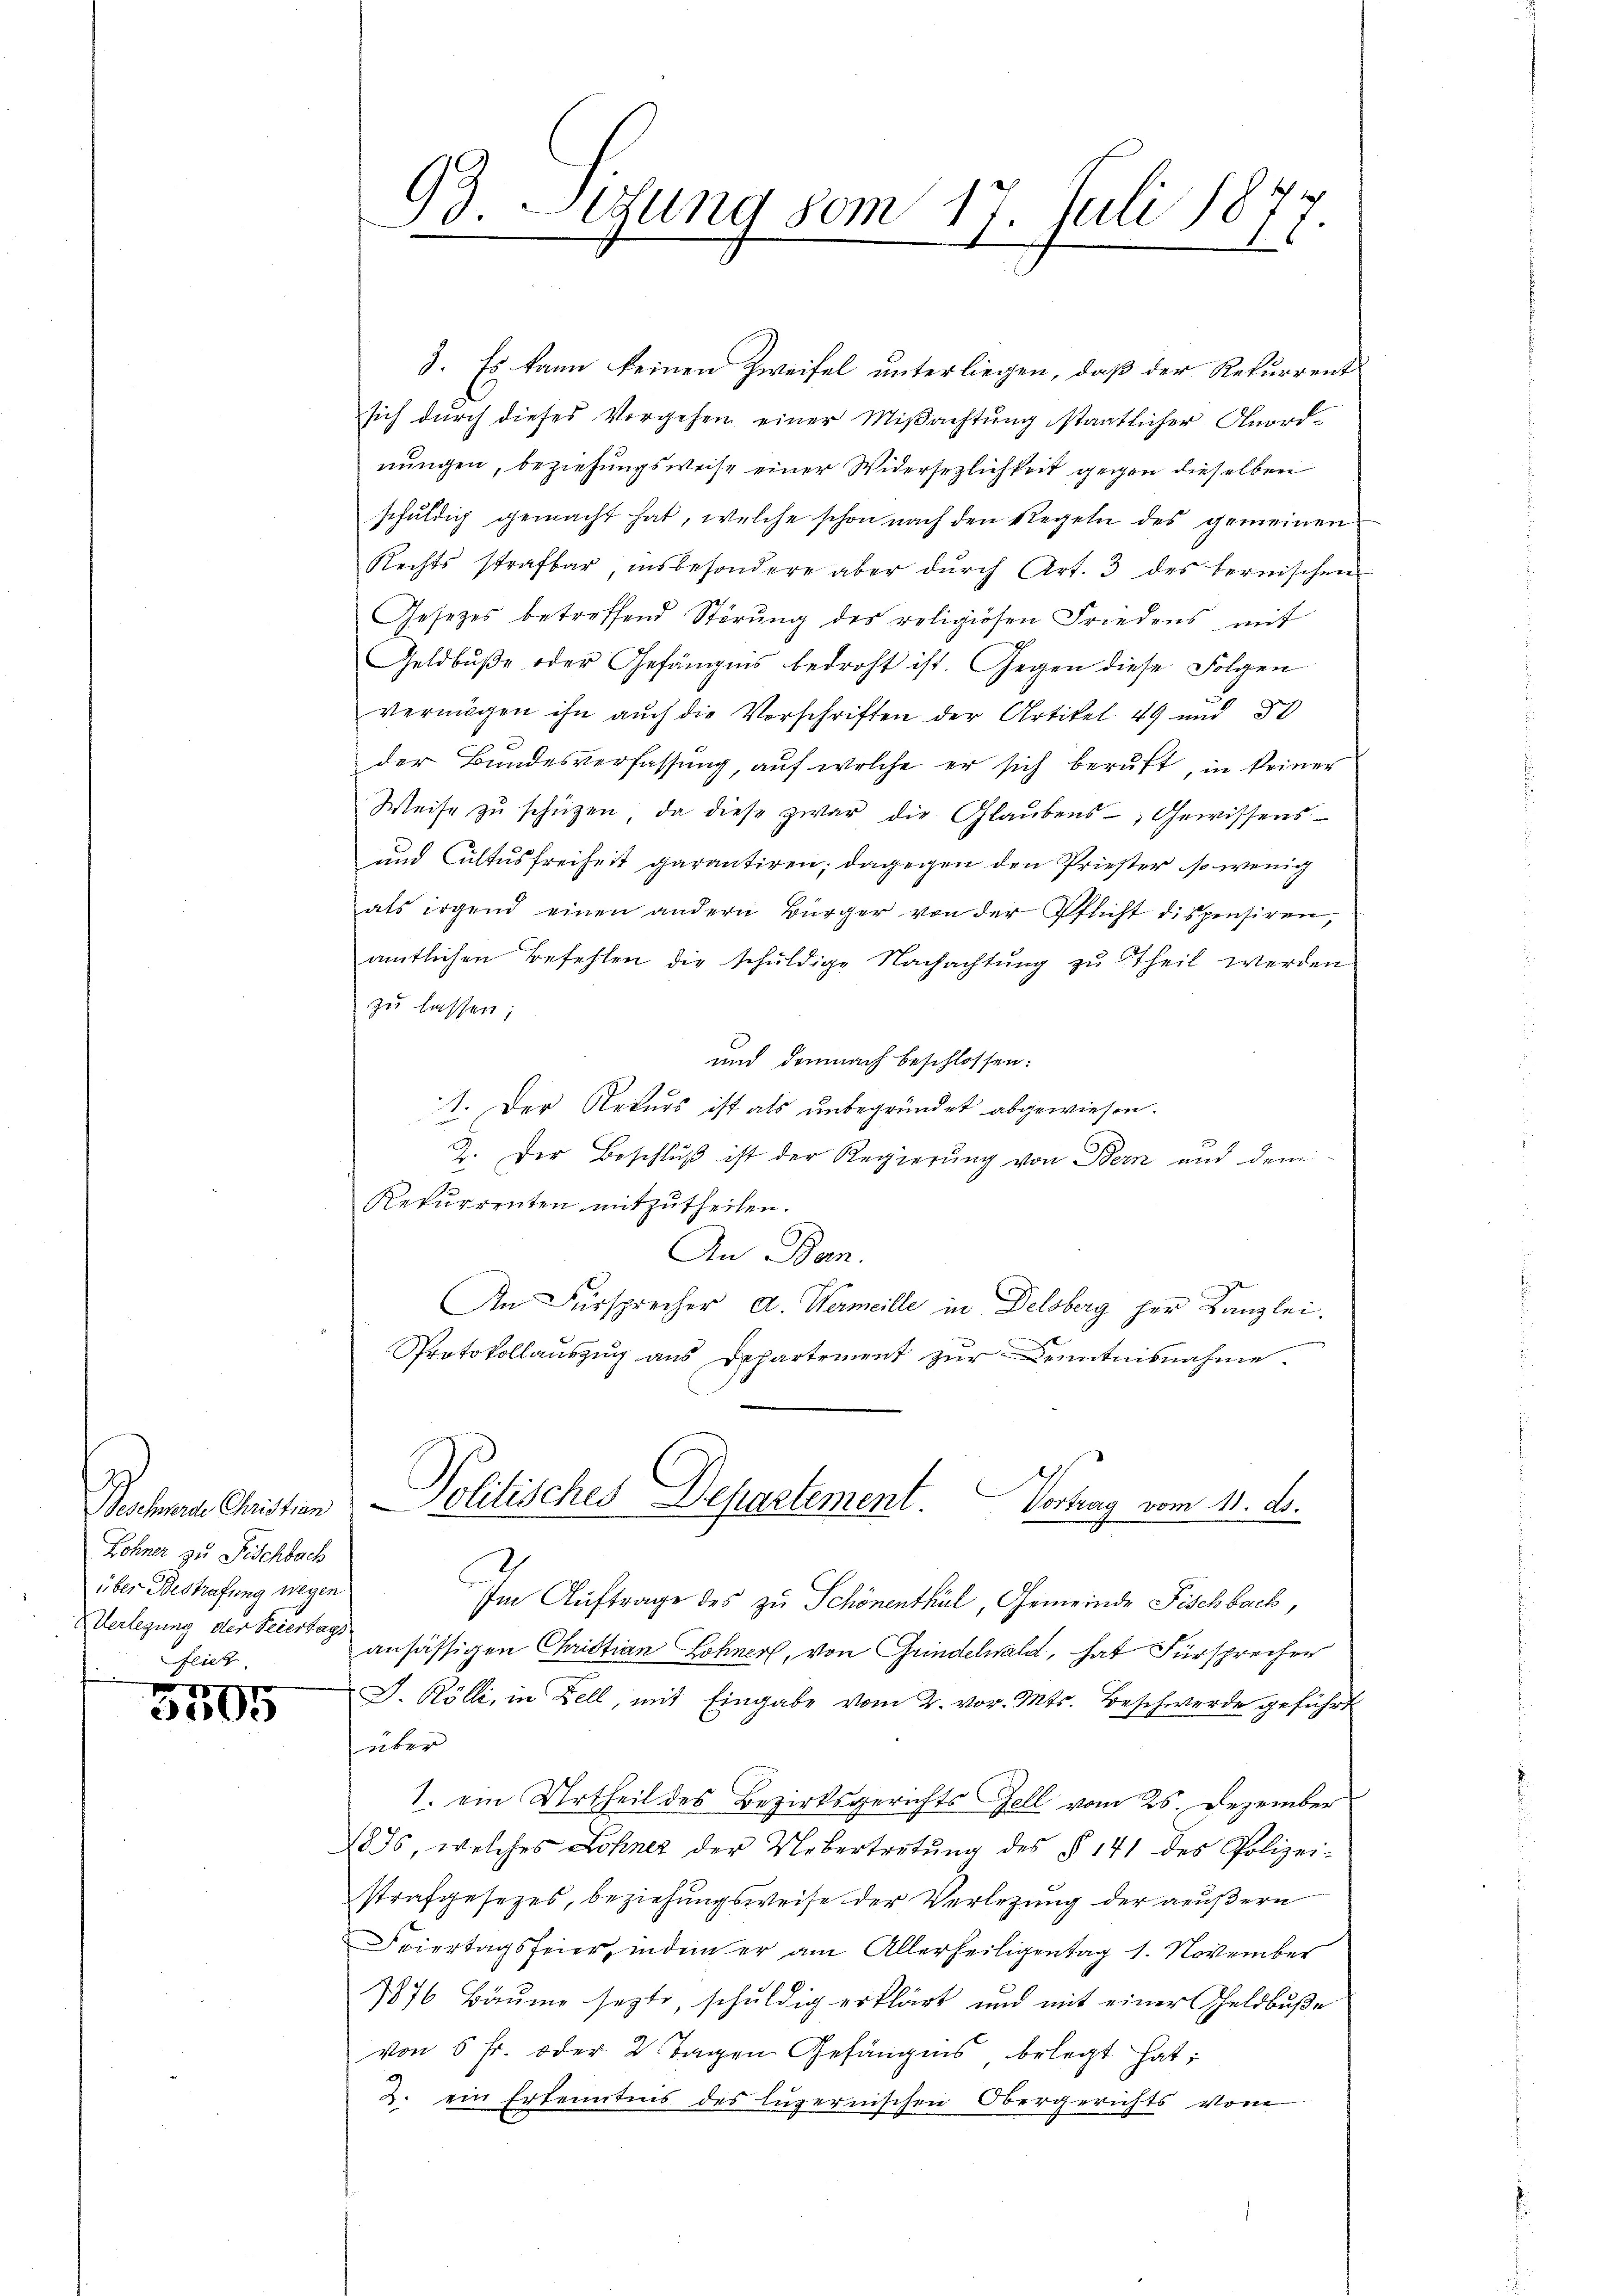
Lohner zu Fischbach
über Bestrafung wegen
Verlegung der Feiertags
feilz

3505

93. Lesung vom 17. Juli 1877.

3. Es kann keinen Zweifel unterliegen, daß der Rekurrent
sich dŭrch dieses Vorgehen einer Miβachtŭng staatlicher Anord-
nungen, beziehungsweise einer Widersezlichkeit gegen dieselben
schŭldig gemacht hat, welche schon nach den Regeln des gemeinen
Rechts strafbar, insbesondere aber dŭrch Art. 3 des bernischen
Gesetzes betreffend Störung des religiösen Friedens, mit
Geldbuße oder Gefängnis bedroht ist. Gegen diese Folgen
vermögen ihn aŭch die Vorschriften der Artikel 49 und 30
der Bundesverfassung, auf welche er sich beruft, in keiner
Weise zŭ schützen, da diese zwar die Glaŭbens-, Gewissens
und Cultus freiheit garantiren; dagegen den Priester, so wenig
als irgend einen andern Bürger von der Pflicht dispensiren,
amtlichen Befehlen die schŭldige Nachachtŭng zŭ Theil werden
zu lassen;
und demnach beschlossen:
1. Der Rekurs ist als unbegründet abgewiesen.
2. Der Beschluß ist der Regierung von Bern und dem
Rekurrenten mitzutheilen.
An Bern.
An Fürsprecher A. Wermeille in Delsberg her Kanzlei.
t
Protokollauszug aus Departement zur Kenntnisnahme.
Bachma Christen Politisches Departement. Vertrag vom 11. d.
Im Auftrage des zu Schönenthal, Gemeinde Fischbach,
ansässigen Christian Lohner, von Grindelwald, hat Fürsprecher
J. Kölli, in Zell, mit Eingabe vom 2. vor. Mts. Beschwerde geführt
über
1. ein Urtheil des Bezirksgerichts Zell vom 25. Dezember
1875, welches Lohner der Uebertretŭng des § 141 des Polizei-
strafgesetzes, beziehungsweise der Verlegung der außern
Feiertagsfeier, indem er am Allerheiligentag 1. November
1876 Bäume sezte, schuldig erklärt und mit einer Geldbuße
von 5 Fr. oder 2 Tagen Gefängnis belegt hat;
2. ein Erkenntnis des Luzernischen Obergerichts vom